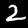
Digit: 2